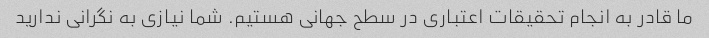
ما قادر به انجام تحقیقات اعتباری در سطح جهانی هستیم. شما نیازی به نگرانی ندارید